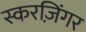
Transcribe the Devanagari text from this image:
स्करज़िंगर